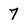
Character: 7